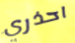
احذري